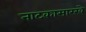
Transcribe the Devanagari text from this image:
नाटकासारखे